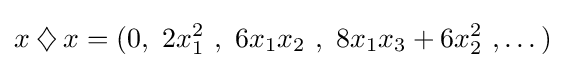
x\mathbin {\diamondsuit } x=(0,\ 2x_{1}^{2}\ ,\ 6x_{1}x_{2}\ ,\ 8x_{1}x_{3}+6x_{2}^{2}\ ,\dots )